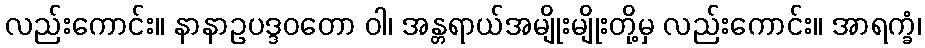
လည်းကောင်း။ နာနာဥပဒ္ဒဝတော ဝါ၊ အန္တရာယ်အမျိုးမျိုးတို့မှ လည်းကောင်း။ အာရက္ခံ၊